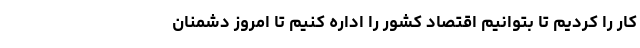
کار را کردیم تا بتوانیم اقتصاد کشور را اداره کنیم تا امروز دشمنان